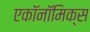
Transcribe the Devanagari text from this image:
एकॉनॉमिक्स